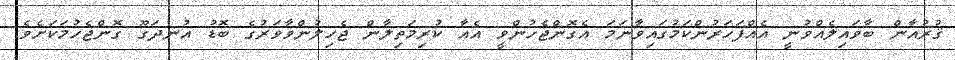
ޤުރުއާން ބާވައިލެއްވުނީ އެއްފަހަރުންކަމުގައިވާނަމަ އެގޮންޖެހުންވީ އެއާ ކުރިމަތިލާން ޖެހިލުންވާވަރުގެ ބޮޑު އުނދަގޫ ގޮންޖެހުމަކަށެވެ.